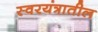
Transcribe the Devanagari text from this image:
स्वरयंत्रातील